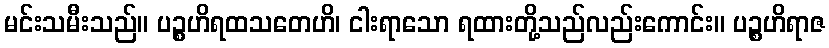
မင်းသမီးသည်။ ပဉ္စဟိရထသတေဟိ၊ ငါးရာသော ရထားတို့သည်လည်းကောင်း။ ပဉ္စဟိရာဇ